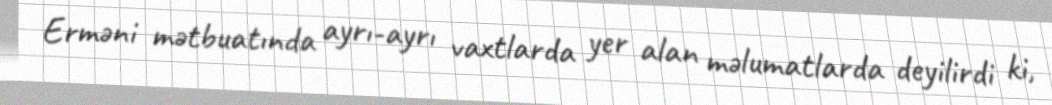
Erməni mətbuatında ayrı-ayrı vaxtlarda yer alan məlumatlarda deyilirdi ki,